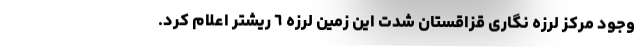
وجود مرکز لرزه نگاری قزاقستان شدت این زمین لرزه ٦ ریشتر اعلام کرد.